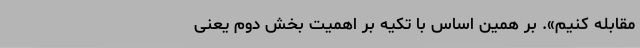
مقابله‌ کنیم‌». بر همین‌ اساس‌ با تکیه‌ بر اهمیت‌ بخش‌ دوم‌ یعنی‌